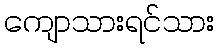
ကျောသားရင်သား